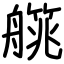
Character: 艞